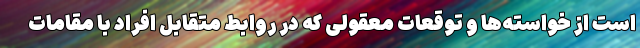
است از خواسته‌ها و توقعات معقولی که در روابط متقابل افراد با مقامات